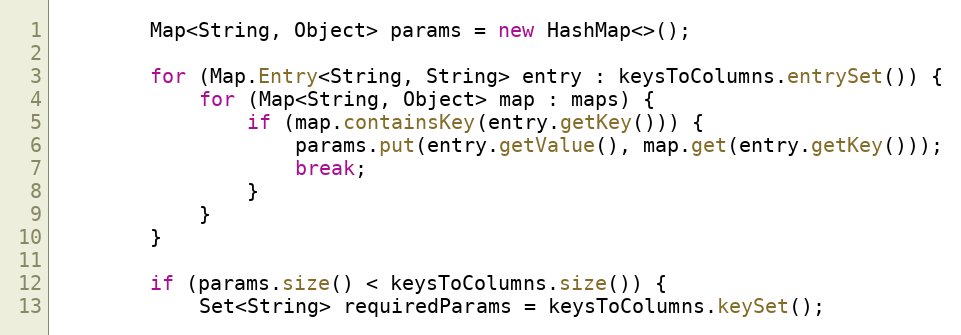
Language: Java
		Map<String, Object> params = new HashMap<>();

		for (Map.Entry<String, String> entry : keysToColumns.entrySet()) {
			for (Map<String, Object> map : maps) {
				if (map.containsKey(entry.getKey())) {
					params.put(entry.getValue(), map.get(entry.getKey()));
					break;
				}
			}
		}

		if (params.size() < keysToColumns.size()) {
			Set<String> requiredParams = keysToColumns.keySet();